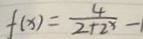
f ( x ) = \frac { 4 } { 2 + 2 ^ { x } } - 1